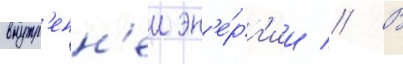
внутр'енн'еи эн'е́рг'ии // В